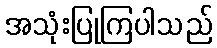
အသုံးပြုကြပါသည်